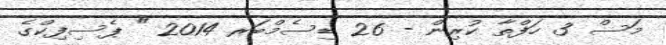
މަސް 3 ހަފްތާ ކުރިން - 26 ޑިސެމްބަރ 2014 " ޕެސިފިކްގެ